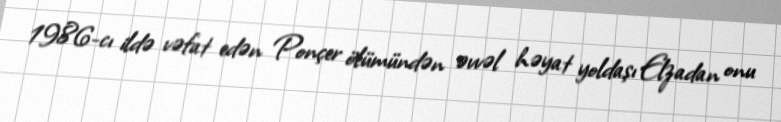
1986-cı ildə vəfat edən Ponçer ölümündən əvvəl həyat yoldaşı Elzadan onu